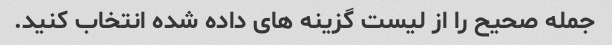
جمله صحیح را از لیست گزینه های داده شده انتخاب کنید.